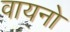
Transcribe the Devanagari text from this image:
वायनो